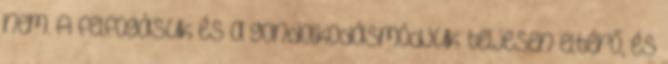
nem. A felfogásuk és a gondolkodásmódjuk teljesen eltérő, és